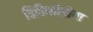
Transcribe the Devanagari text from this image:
विकिमीडीया